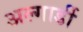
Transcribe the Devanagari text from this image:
अल्गार्डी